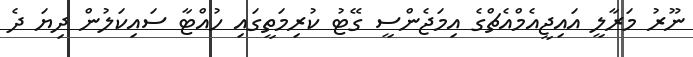
ނޫރު މަރާލީ އައިޖީއެމްއެޗްގެ އިމަޖެންސީ ގޭޓު ކުރިމަތީގައި ހުއްޓާ ސައިކަލުން ދިޔަ ދެ